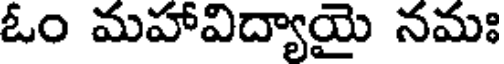
ఓం మహావిద్యాయై నమః